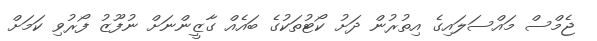
ޖެމްސް މައްސަލައިގެ އިތުރުން ދަށު ކޯޓުތަކުގެ ބައެއް ގާޒީންނަށް ނުފޫޒު ފޯރުވި ކަމަށް